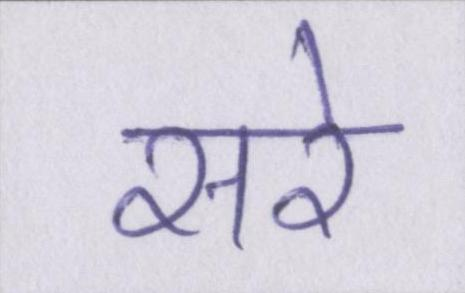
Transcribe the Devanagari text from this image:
सरे